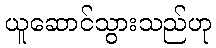
ယူဆောင်သွားသည်ဟု